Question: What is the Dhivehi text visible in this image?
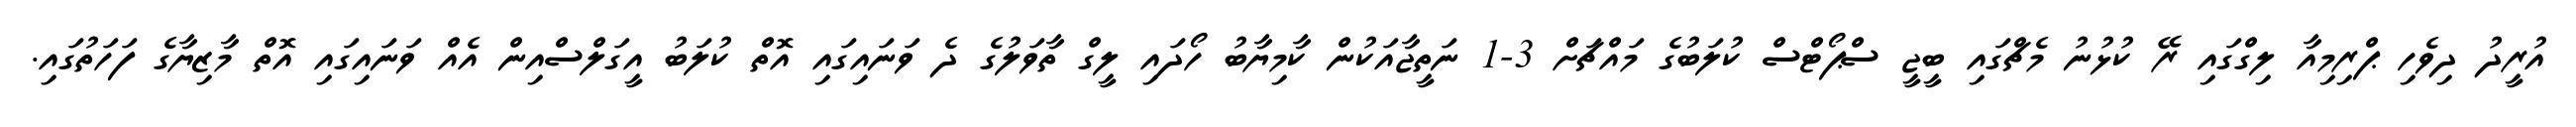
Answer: އުރީދު ދިވެހި ޕްރިމިއާ ލިގްގައި ރޭ ކުޅުނު މެޗްގައި ބީޖީ ސްޕޯޓްސް ކުލަބުގެ މައްޗަށް 3-1 ނަތީޖާއަކުން ކާމިޔާބު ހޯދައި ލީގް ތާވަލުގެ ދެ ވަނައިގައި އޮތް ކުލަބު އީގަލްސްއިން އެއް ވަނައިގައި އޮތް މާޒިޔާގެ ފަހަތުގައި.